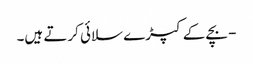
- بچے کے کپڑے سلائی کرتے ہیں۔